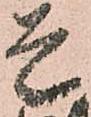
是